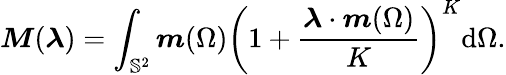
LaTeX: \boldsymbol{M}(\boldsymbol{\lambda})=\int_{\mathbb{S}^{2}}\boldsymbol{m}(\Omega)\left(1+\frac{\boldsymbol{\lambda}\cdot\boldsymbol{m}(\Omega)}{K}\right)^{K}\mathrm{d}\Omega.